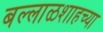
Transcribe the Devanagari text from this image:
बल्लाळशाहच्या